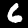
Digit: 6